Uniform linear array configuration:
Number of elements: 16
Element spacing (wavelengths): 0.75
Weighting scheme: binomial
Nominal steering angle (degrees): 45
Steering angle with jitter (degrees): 45.823
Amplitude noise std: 0.05
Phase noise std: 0.05

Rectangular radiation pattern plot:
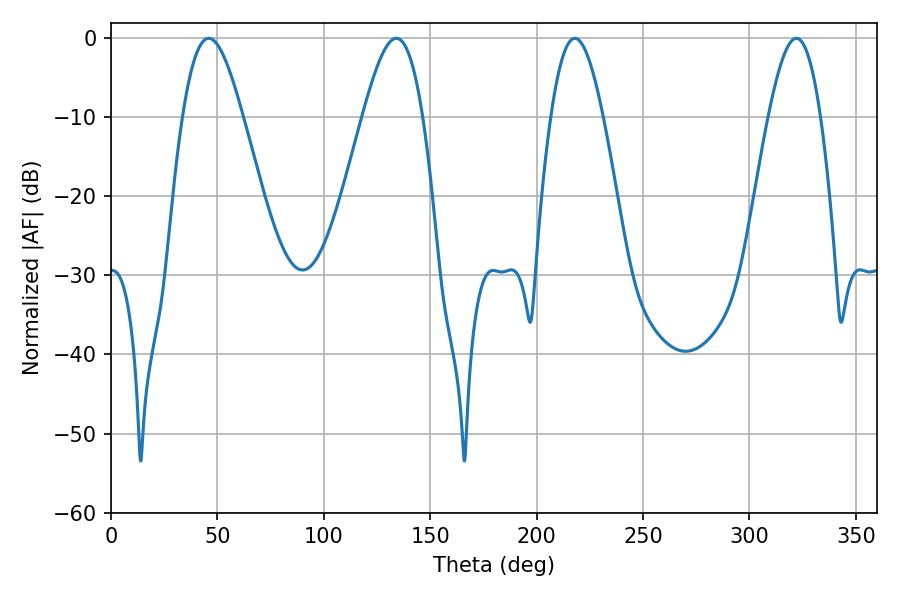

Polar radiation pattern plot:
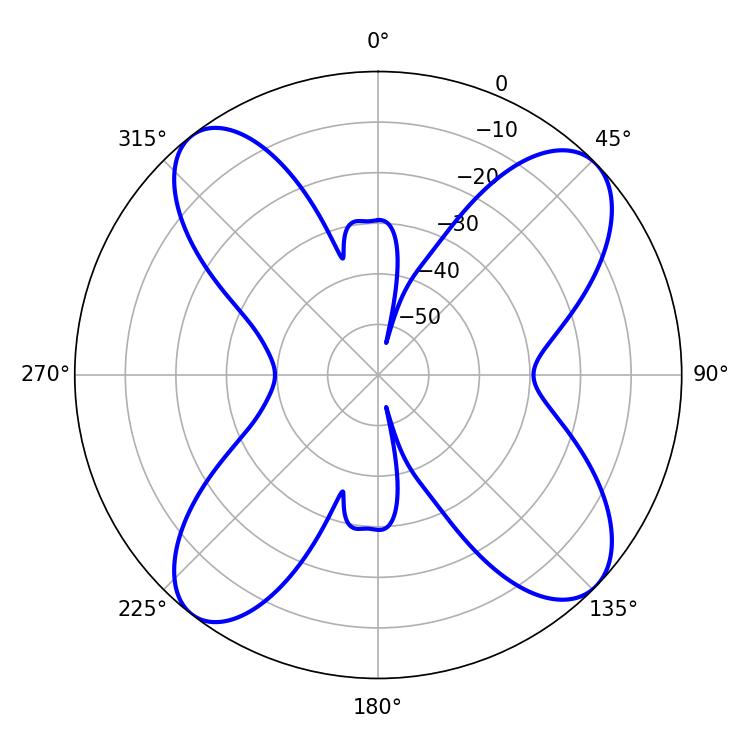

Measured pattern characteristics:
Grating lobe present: TRUE
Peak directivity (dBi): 12.564
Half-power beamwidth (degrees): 15.12
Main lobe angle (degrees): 45.9